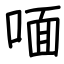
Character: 喕